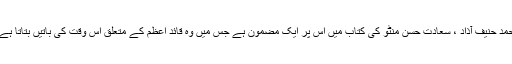
قائد اعظم کا ڈرائیور تھا محمد حنیف آذاد ، سعادت حسن منٹو کی کتاب میں اس پر ایک مضمون ہے جس میں وہ قائد اعظم کے متعلق اس وقت کی باتیں بتاتا ہے جب وہ ان کا ڈرائیور تھا ۔